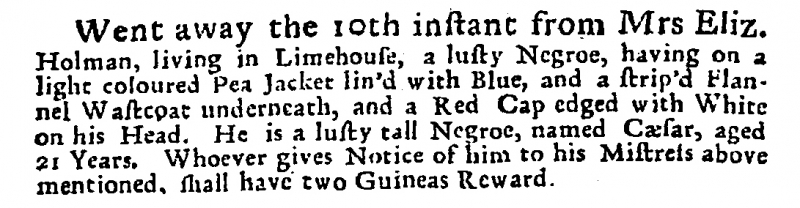
Post Man and the Historical Account, 19 November 1717 (England)
Went away the 10th instant from Mrs Eliz. Holman, living in Limehouse, a lusty Negroe, having on a light coloured Pea Jacket lin’d with Blue, and a strip’d Flannel Wastcoat underneath, and a Red Cap edged with White on his Head. He is a lusty tall Negroe, named Cæsar, aged 21 Years. Whoever gives Notice of him to his Mistress above mentioned, shall have two Guineas Reward.